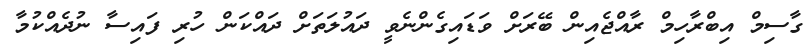
ގާސިމް އިބްރާހިމް ރާއްޖެއިން ބޭރަށް ވަޑައިގެންނެވީ ދައުލަތަށް ދައްކަން ހުރި ފައިސާ ނުދެއްކުމާ